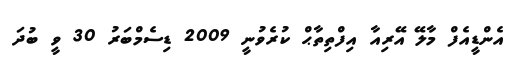
އެންޑީއެފް މާލޭ އޭރިއާ އިފްތިތާޙް ކުރެވުނީ 2009 ޑިސެމްބަރު 30 ވީ ބުދަ